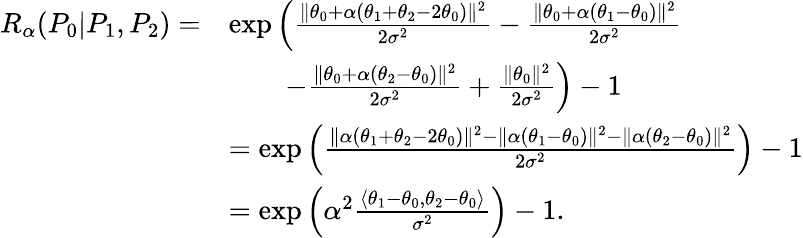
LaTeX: \begin{array}{rl}{{R_{\alpha}}(P_{0}|P_{1},P_{2})=}&{\exp\Big(\frac{\| \theta_{0}+\alpha(\theta_{1}+\theta_{2}-2\theta_{0})\| ^{2}}{2\sigma^{2}}-\frac{\| \theta_{0}+\alpha(\theta_{1}-\theta_{0})\| ^{2}}{2\sigma^{2}}}\\ &{\quad\quad-\frac{\| \theta_{0}+\alpha(\theta_{2}-\theta_{0})\| ^{2}}{2\sigma^{2}}+\frac{\| \theta_{0}\| ^{2}}{2\sigma^{2}}\Big)-1}\\ &{=\exp\Big(\frac{\| \alpha(\theta_{1}+\theta_{2}-2\theta_{0})\| ^{2}-\| \alpha(\theta_{1}-\theta_{0})\| ^{2}-\| \alpha(\theta_{2}-\theta_{0})\| ^{2}}{2\sigma^{2}}\Big)-1}\\ &{=\exp\Big(\alpha^{2}\frac{\langle\theta_{1}-\theta_{0},\theta_{2}-\theta_{0}\rangle}{\sigma^{2}}\Big)-1.}\end{array}